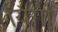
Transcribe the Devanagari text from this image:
यिंगी